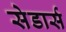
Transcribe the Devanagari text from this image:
सेडार्स